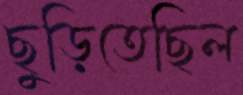
ছুড়িতেছিল